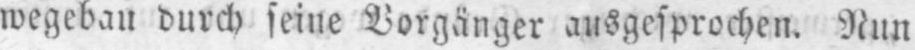
wegebau durch seine Vorgänger ausgesprochen. Nun